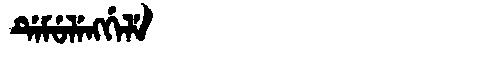
Manchu: ᡩᡝᠮᡠᠯᡝᠩᡤᡝᠯᡝ
Romanization: DEMULENGGELE